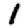
Digit: 1